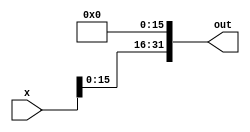
module left_shifter_16(x, out);
    input [31:0] x;
    output [31:0] out;

    assign out[31:16] = x[15:0];
    assign out[15:0] = 16'b0;

endmodule